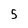
Character: 5